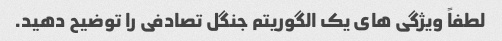
لطفاً ویژگی های یک الگوریتم جنگل تصادفی را توضیح دهید.